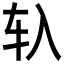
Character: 𰹰